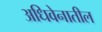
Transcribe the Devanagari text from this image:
अधिवेनातील